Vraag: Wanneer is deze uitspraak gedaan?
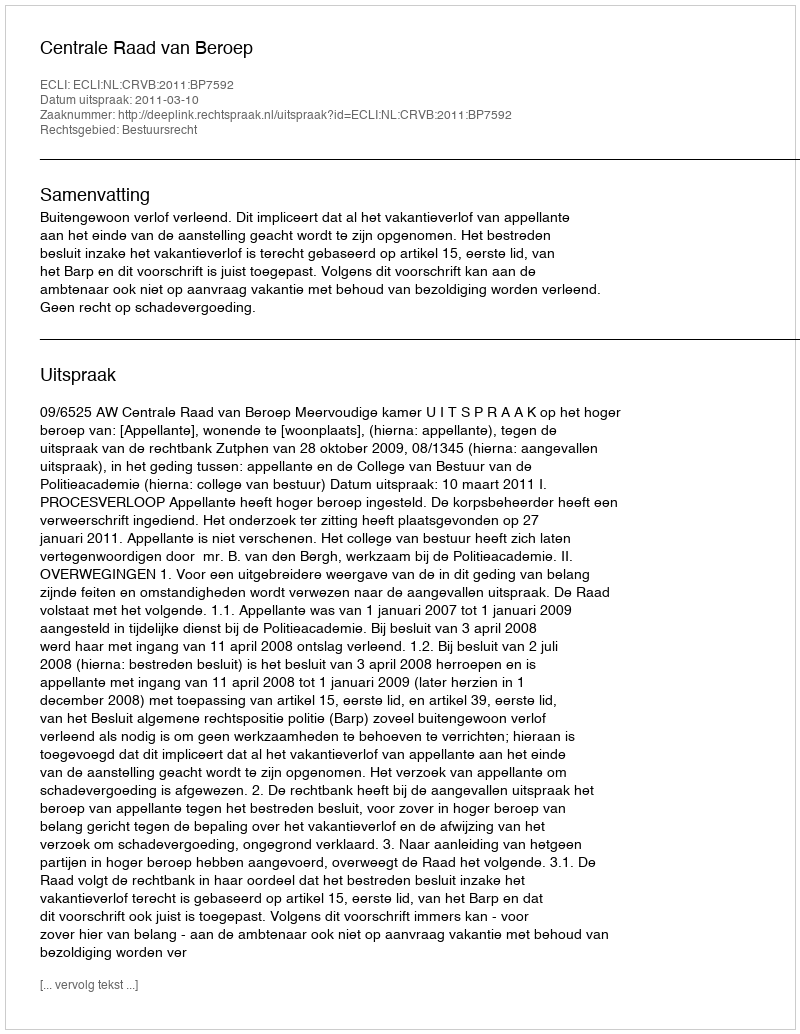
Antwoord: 2011-03-10